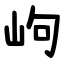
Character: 岣